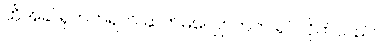
ထိုအခါ ရုတ်တရက် ဆက်မလျှောက်ဘဲ ရပ်လိုက်သည်။